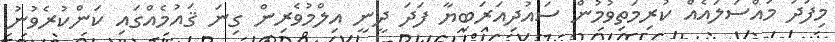
މިފަދަ މައްސަލައެއް ކުރިމަތިވުމުން ސައުދިއަރަބިޔާ ފަދަ ދީނީ އިލްމުވެރިން ގިނަ ޤައުމެއްގައި ކަންކުރެވުނު